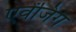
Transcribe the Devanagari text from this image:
एवेंजिंग